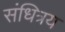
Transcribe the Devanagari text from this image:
संधित्रय